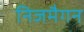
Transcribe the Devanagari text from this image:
निजमैगन